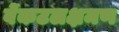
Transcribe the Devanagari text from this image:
वेंकटलक्षमण